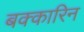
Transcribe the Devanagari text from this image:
बक्कारिन